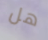
هل